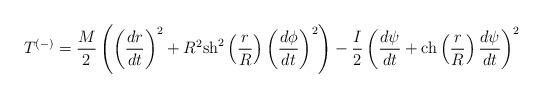
LaTeX: \begin{align*}T^{(-)}=\frac{M}{2}\left(\left(\frac{dr}{dt}\right)^2+R^2{\rm sh}^2\left(\frac{r}{R}\right)\left(\frac{d\phi}{dt}\right)^{2}\right)-\frac{I}{2}\left(\frac{d\psi}{dt}+{\rm ch}\left(\frac{r}{R}\right)\frac{d\psi}{dt}\right)^2\end{align*}